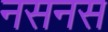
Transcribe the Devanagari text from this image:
नसनस